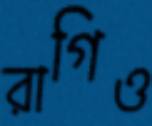
রাগিও